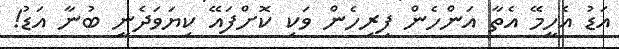
އަޑު އެހީމޭ އެތާ އަންހެން ފިރިހެން ވަކި ކޮށްފައޭ ކިޔަވަދެނީ ބުނާ އަޑު!